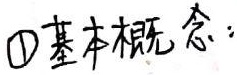
\textcircled{1}基本概念：